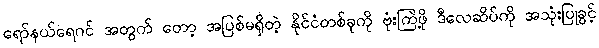
ရော်နယ်ရေဂင် အတွက် တော့ အပြစ်မရှိတဲ့ နိုင်ငံတစ်ခုကို ဗုံးကြဲဖို့ ဒီလေဆိပ်ကို အသုံးပြုခွင့်